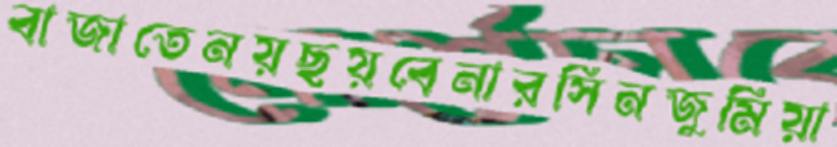
বাজাতেনয়ছয়বেনারসিনজুমিয়া